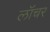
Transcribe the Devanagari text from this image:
लॉंचर